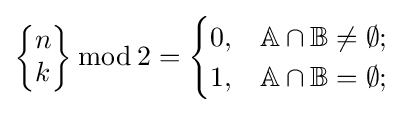
{\begin{Bmatrix}n\\k\end{Bmatrix}}\,{\bmod {\,}}2={\begin{cases}0,&\mathbb {A} \cap \mathbb {B} \neq \emptyset ;\\1,&\mathbb {A} \cap \mathbb {B} =\emptyset ;\end{cases}}